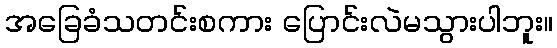
အခြေခံသတင်းစကား ပြောင်းလဲမသွားပါဘူး။